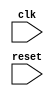
module negedge_clk_behavioral (
    input wire clk,
    input wire reset
);

reg [7:0] counter;

always @(negedge clk) begin
    if (reset) begin
        counter <= 8'b0;
    end
    else begin
        counter <= counter + 1;
    end
end

endmodule